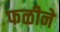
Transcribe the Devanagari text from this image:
फळीने